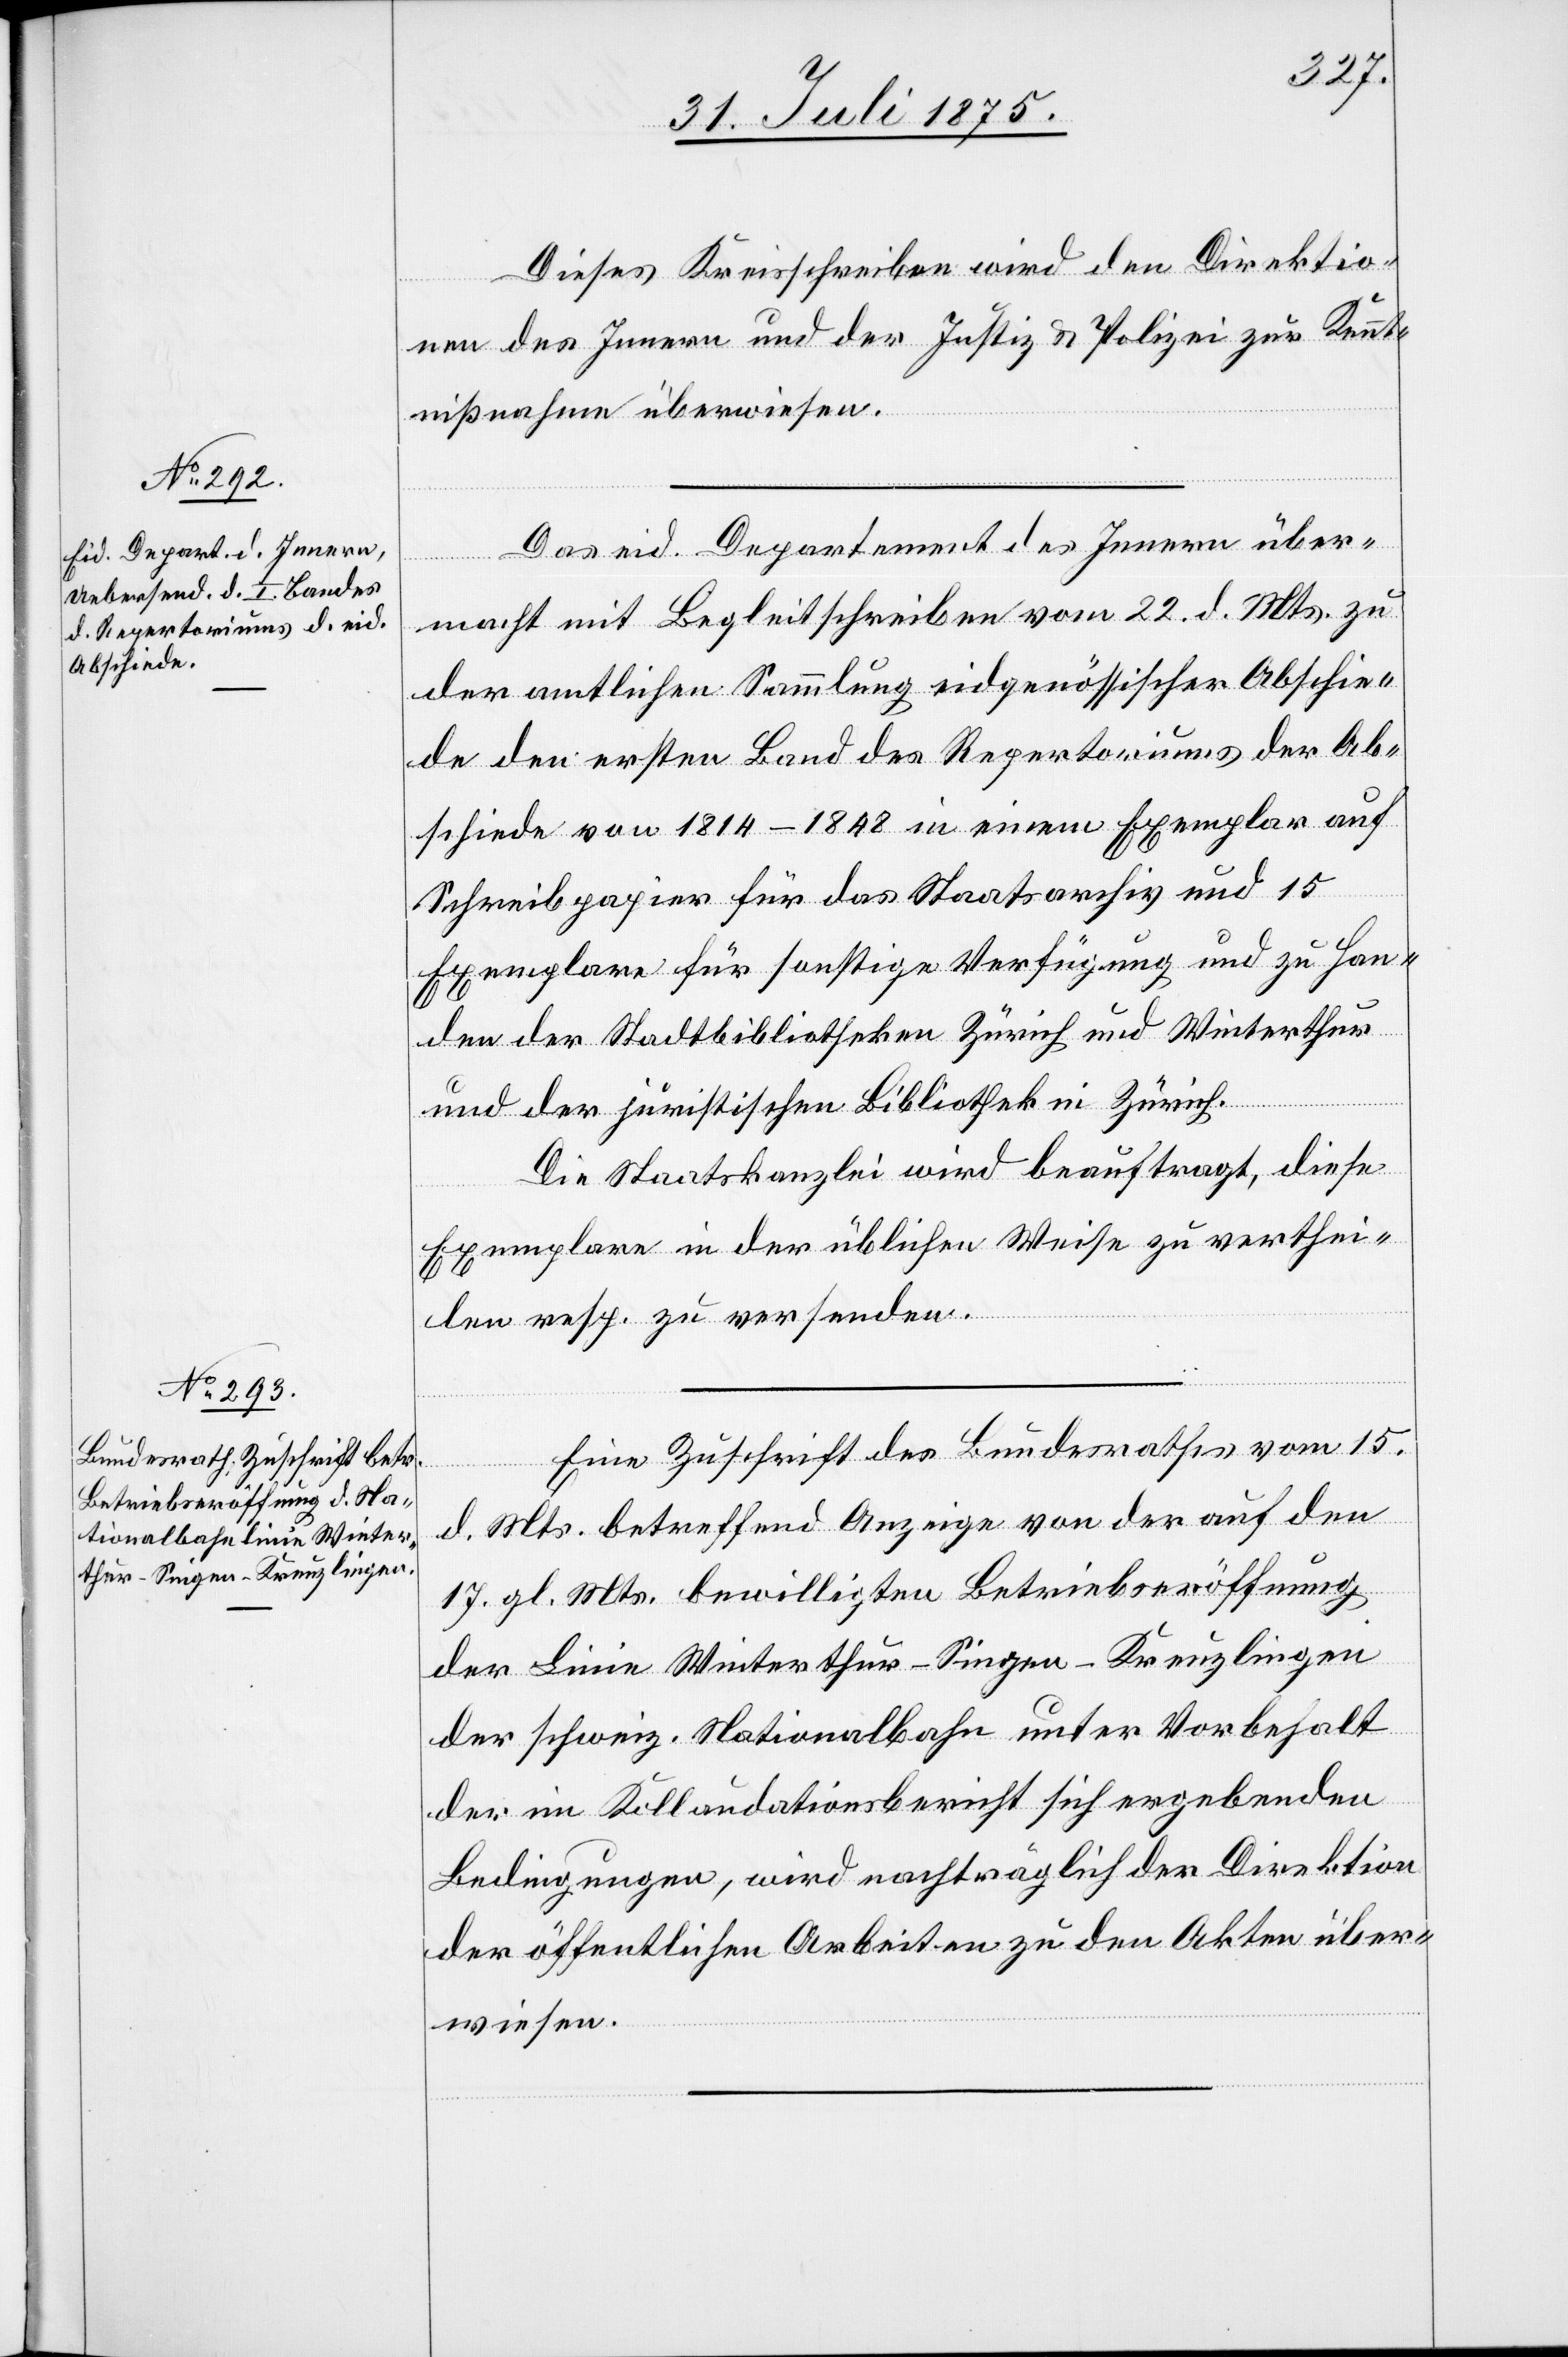
Dieses Kreisschreiben wird den Direktio¬
nen des Innern und der Justiz & Polizei zur Kennt¬
nißnahme überwiesen.
Das eid. Departement des Innern über¬
macht mit Begleitschreiben vom 22. d. Mts. zu
der amtlichen Sammlung eidgenössischer Abschie¬
de den ersten Band des Repertoriums der Ab¬
schiede von 1814–1848 in einem Exemplar auf
Schreibpapier für das Staatsarchiv und 15
Exemplare für sonstige Verfügung und zu Han¬
den der Stadtbibliothekare Zürich und Winterthur
und der juristischen Bibliothek in Zürich.
Die Staatskanzlei wird beauftragt, diese
Exemplare in der üblichen Weise zu verthei¬
len resp. zu versenden.
Eine Zuschrift des Bundesrathes vom 15.
d. Mts. betreffend Anzeige von der auf den
17. gl. Mts. bewilligten Betriebseröffnung
der Linie Winterthur–Singen–Kreuzlingen
der schweiz. Nationalbahn unter Vorbehalt
der im Kollaudationsbericht sich ergebenden
Bedingungen, wird nachträglich der Direktion
der öffentlichen Arbeiten zu den Akten über¬
wiesen.